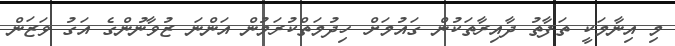
މި އިނާމަކީ ތަފާތު ދާއިރާތަކުން ގައުމަށް ހިދުމަތްކުރަމުން އަންނަ ޒުވާނުންގެ އަގު ވަޒަން